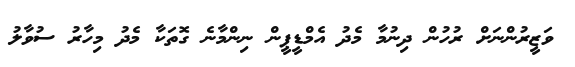
ވަޒީރުންނަށް ރުހުން ދިނުމާ މެދު އެމްޑީޕީން ނިންމާނެ ގޮތަކާ މެދު މިހާރު ސުވާލު